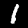
Label: 1